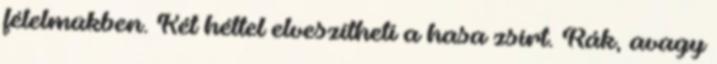
félelmükben. Két héttel elveszítheti a hasa zsírt. Rák, avagy